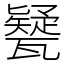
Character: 㽈